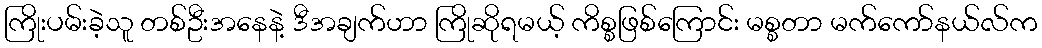
ကြိုးပမ်းခဲ့သူ တစ်ဦးအနေနဲ့ ဒီအချက်ဟာ ကြိုဆိုရမယ့် ကိစ္စဖြစ်ကြောင်း မစ္စတာ မက်ကော်နယ်လ်က